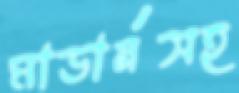
মাডার্নসহ